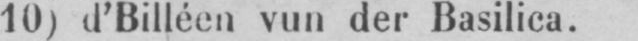
10) d’Billéen vun der Basilica.